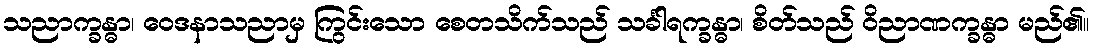
သညာက္ခန္ဓာ၊ ဝေဒနာသညာမှ ကြွင်းသော စေတသိက်သည် သင်္ခါရက္ခန္ဓာ၊ စိတ်သည် ဝိညာဏက္ခန္ဓာ မည်၏။